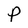
Character: P